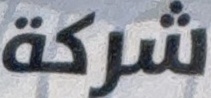
شركة